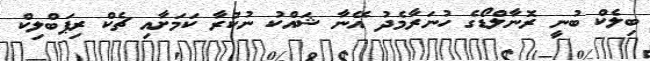
ބިލެކް ބުނީ ރޮނާލްޑޯގެ ހުނަރާމެދު އޭނާ ޝައްކު ނުކުރާ ކަމަށާއި ޗެކް ރިޕަބްލިކް